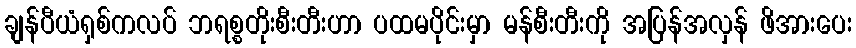
ချန်ပီယံရှစ်ကလပ် ဘရစ္စတိုးစီးတီးဟာ ပထမပိုင်းမှာ မန်စီးတီးကို အပြန်အလှန် ဖိအားပေး